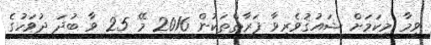
ވީމާ މިކަމަށް ޝައުޤުވެރިވާ ފަރާތްތަކުން 2016 މޭ 25 ވާ ބުދަ ދުވަހުގެ